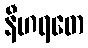
နီဟရတေ